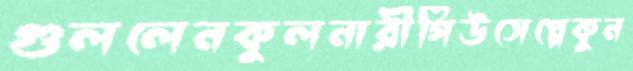
গুললেনকুলনারীগিউসেপ্পেকুন